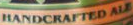
HANDVRAFTED ALE